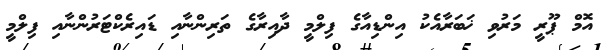
އޮމް ޕޫރީ މަރުވި ޚަބަރާއެކު އިންޑިއާގެ ފިލްމީ ދާއިރާގެ ތަރިންނާއި ޑައިރެކްޓަރުންނާއި ފިލްމީ